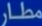
مطار